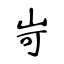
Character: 岢